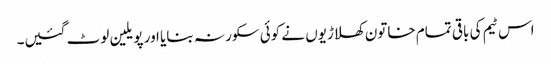
اس ٹیم کی باقی تمام خاتون کھلاڑیوں نے کوئی سکور نہ بنایا اور پویلین لوٹ گئیں۔